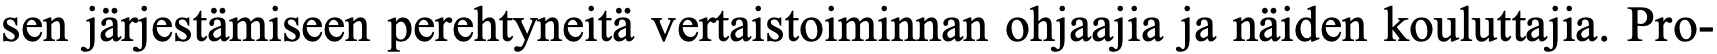
sen järjestämiseen perehtyneitä vertaistoiminnan ohjaajia ja näiden kouluttajia. Pro-